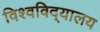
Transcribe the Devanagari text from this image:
विश्वविद्‌यालय